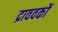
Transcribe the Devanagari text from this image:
द्राववकों